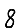
Digit: 8